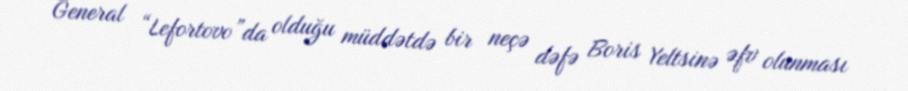
General “Lefortovo”da olduğu müddətdə bir neçə dəfə Boris Yeltsinə əfv olunması